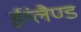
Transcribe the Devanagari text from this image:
ईंग्लैण्ड